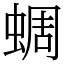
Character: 蜩